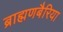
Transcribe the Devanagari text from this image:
ब्राह्मणबैरिया